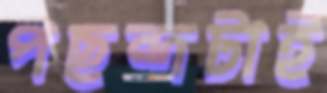
পছন্দটাই